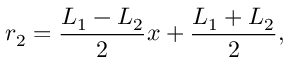
r _ { 2 } = \frac { L _ { 1 } - L _ { 2 } } { 2 } x + \frac { L _ { 1 } + L _ { 2 } } { 2 } ,